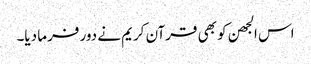
اس الجھن کو بھی قرآن کریم نے دور فرما دیا۔